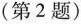
(第2题)